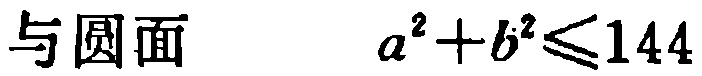
与圆面 $a^{2}+b^{2}\leq144$